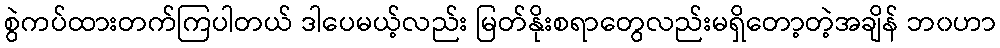
စွဲကပ်ထားတက်ကြပါတယ် ဒါပေမယ့်လည်း မြတ်နိုးစရာတွေလည်းမရှိတော့တဲ့အချိန် ဘ၀ဟာ